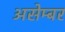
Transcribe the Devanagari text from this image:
असेम्बर